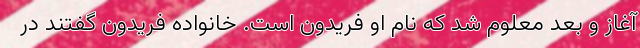
آغاز و بعد معلوم شد که نام او فریدون است. خانواده فریدون گفتند در